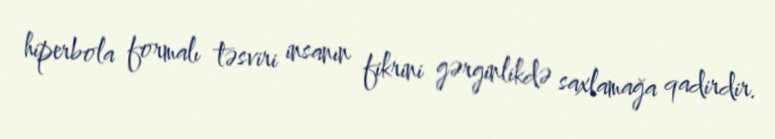
hiperbola formalı təsviri insanın fikrini gərginlikdə saxlamağa qadirdir.